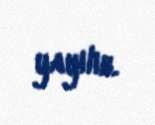
yayılıb.